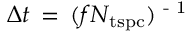
\Delta t \, = \, ( f N _ { \mathrm { { t s p c } } } ) \textsuperscript { - 1 }